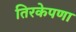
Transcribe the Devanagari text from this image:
तिरकेपणा